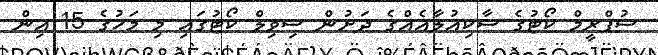
ސުޕްރީމް ކޯޓުގެ ސާކިއުލާއެއްގެ ދަށުން ސިވިލް ކޯޓުގައި މި މަހުގެ 15 އިން